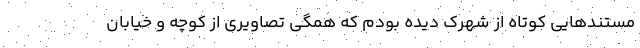
مستند‌هایی کوتاه از شهرک دیده بودم که همگی تصاویری از کوچه و خیابان